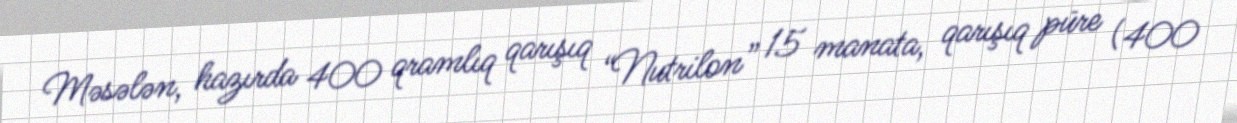
Məsələn, hazırda 400 qramlıq qarışıq “Nutrilon” 15 manata, qarışıq püre (400